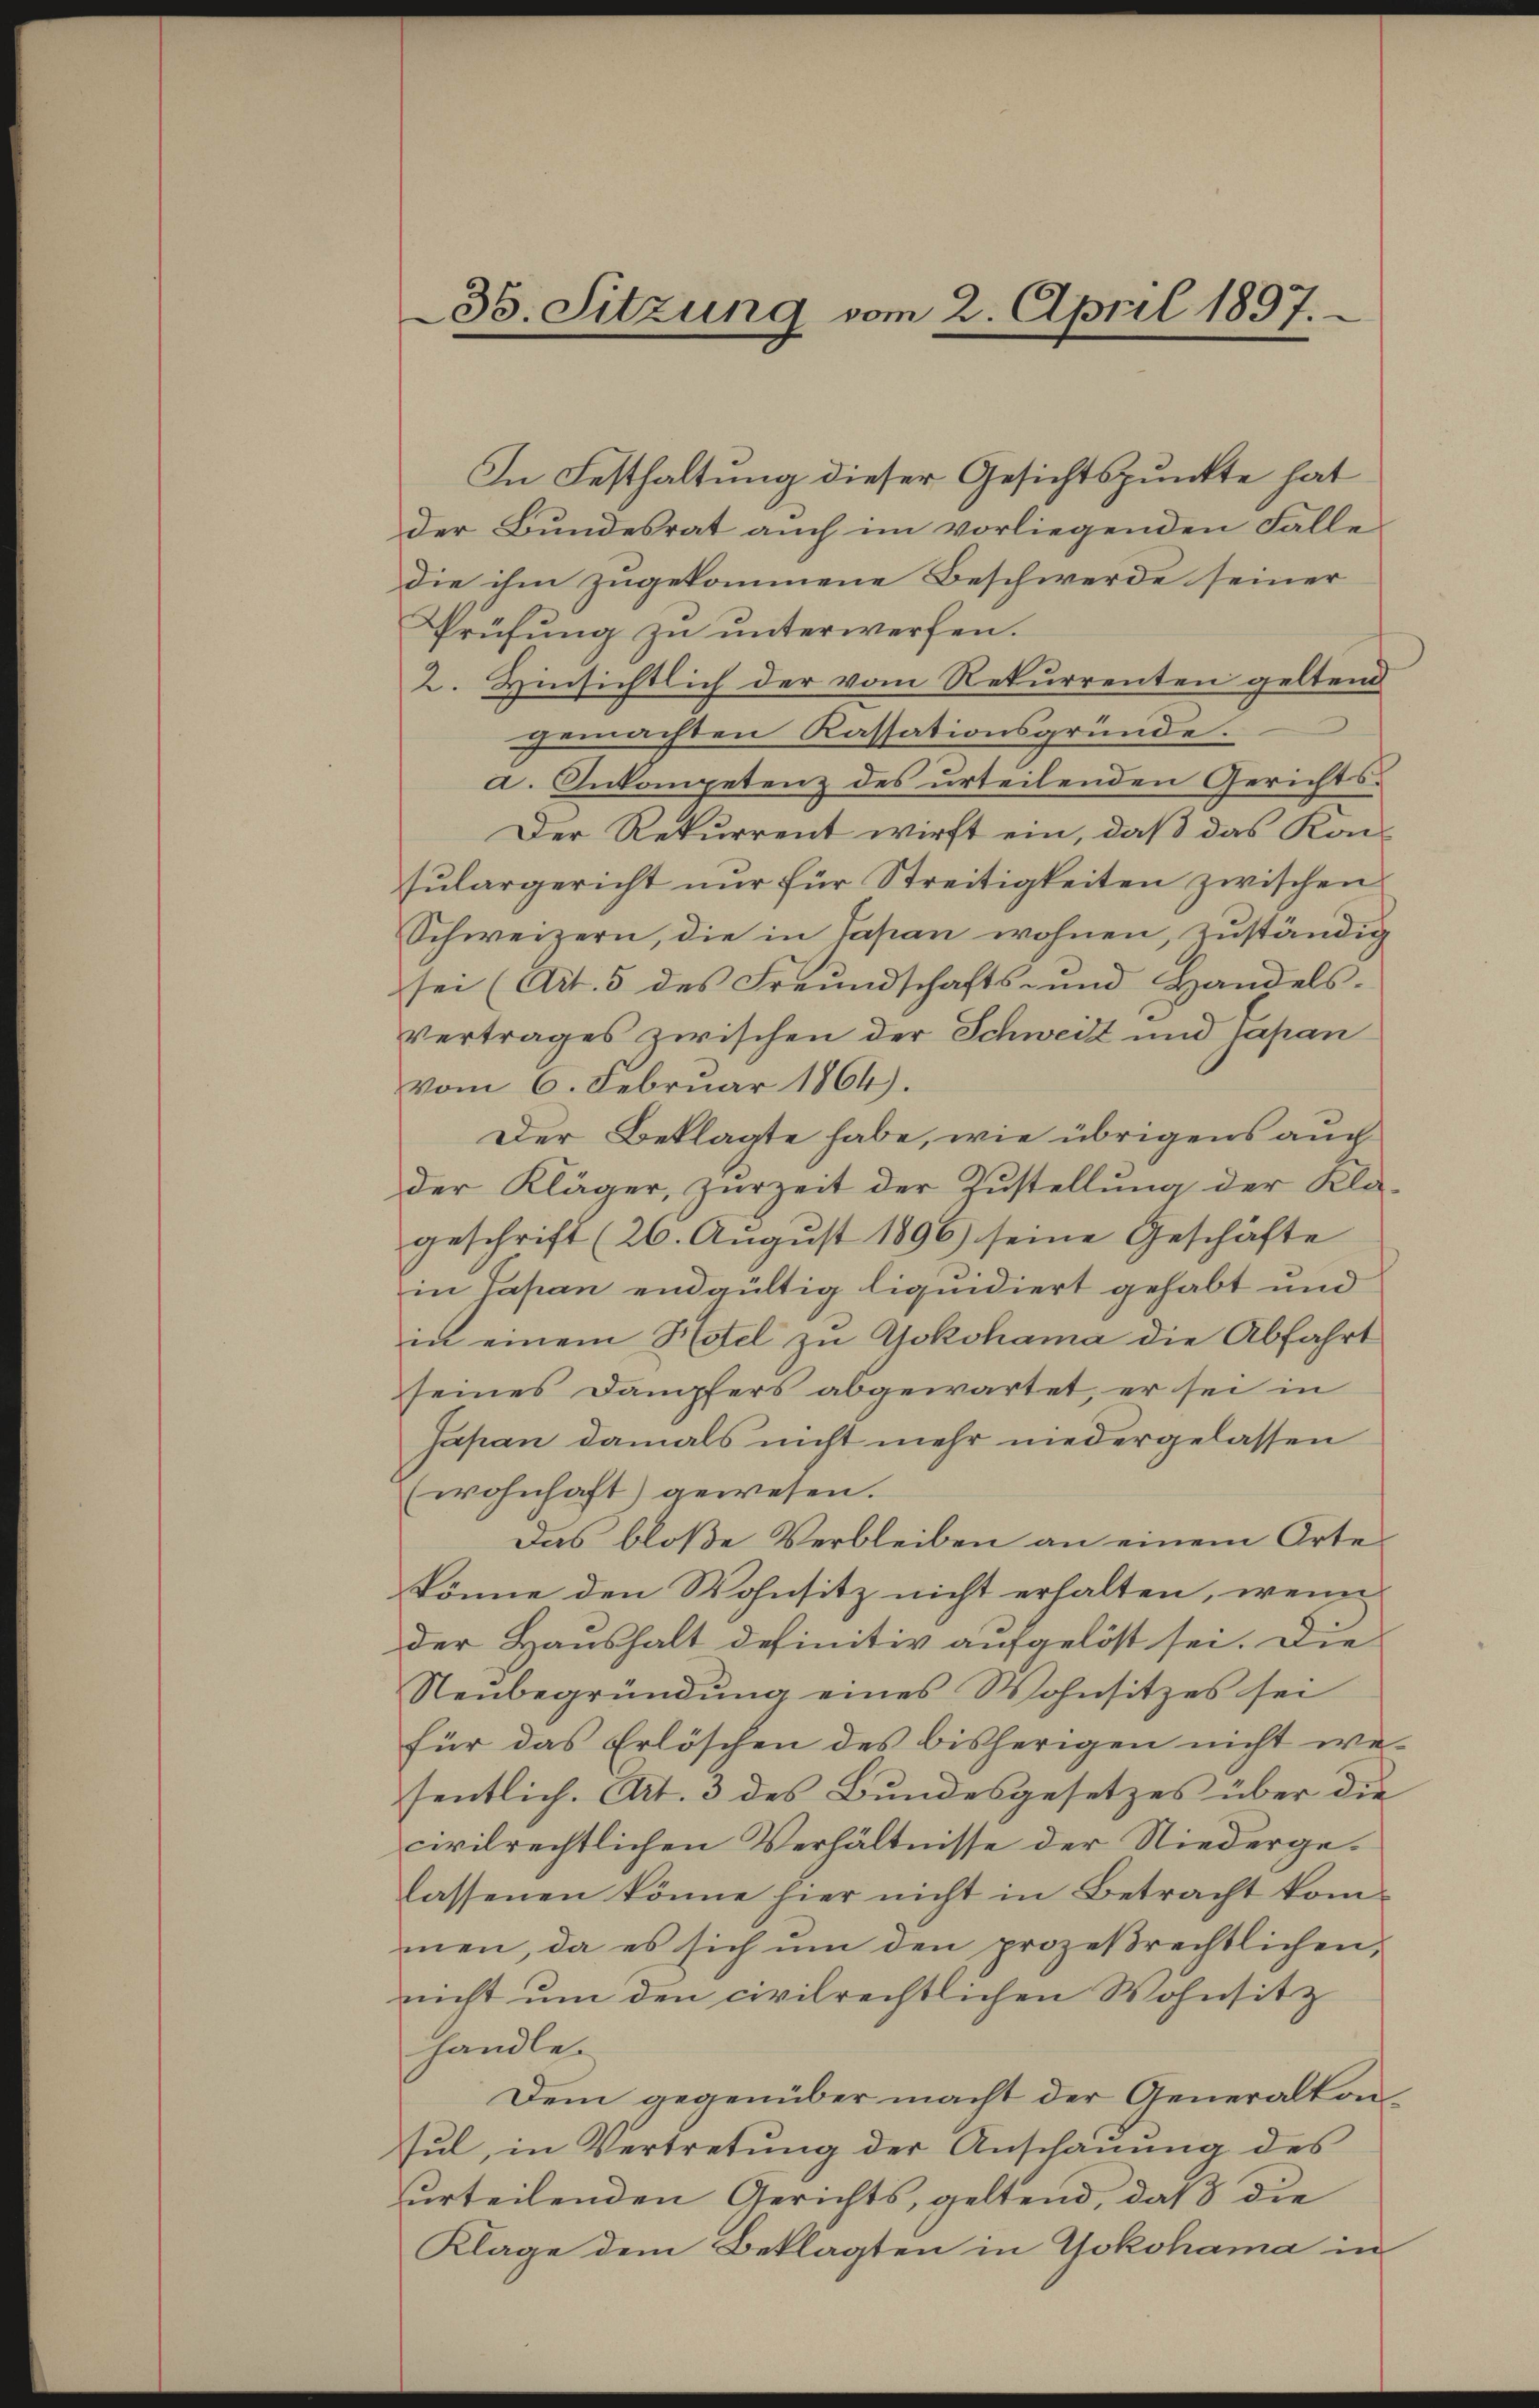
35. Sitzung vom 2. April 1897.

In Festhaltung dieser Gesichtspunkte hat
der Bundesrat auch im vorliegenden Falle
die ihm zugekommene Beschwerde seiner
Prüfung zu unterwerfen.
2. Hinsichtlich der vom Rekurrenten geltend
gemachten Kassationsgründe.
a. Inkompetenz des urteilenden Gerichts¬
Der Rekurrent wirft ein, daß das Konsŭlargericht nur für Streitigkeiten zwischen
Schweizern, die in Tapan wohnen, zuständig
sei (Art. 5 des Freundschafts- und Handels-
Vertrages zwischen der Schweiz und Japan
vom 6. Februar 1864).
Der Beklagte habe, wie übrigens auch
der Kläger, zurzeit der Zustellung der Kla-
geschrift (26. August 1896) seine Geschäfte
in Capan endgültig liquidiert gehabt und
in einem Hotel zu Yokohama die Abfahrt
seines Dampfers abgewartet, er sei in
Japan damals nicht mehr niedergelassen
(wohnhaft) gewesen.
Das bloße Verbleiben an einem Orte
könne den Wohnsitz nicht erhalten, wenn
der Haushalt definitiv aufgelöst sei. Die
Neubegründŭng eines Wohnsitzes sei
für das Erlöschen des bisherigen nicht we-
fentlich. Art. 3 des Bundesgesetzes über die
civilrechtlichen Verhältnisse der Niedergelassenen könne hier nicht in Betracht kom-
men, da es sich ŭm den prozeβrechtlichen,
nicht um den civilrechtlichen Wohnsitz
handle.
Dem gegenüber macht der Generalton
Jul, in Vertretung der Anschauung des
urteilenden Gerichts, geltend, daß die
Klage dem Beklagten in Yokohama in